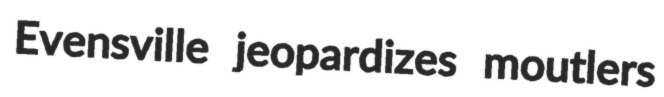
Evensville jeopardizes moutlers